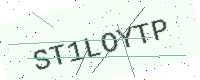
Text: ST1LOYTP